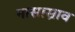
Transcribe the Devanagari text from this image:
नासास्राव